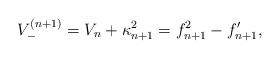
LaTeX: \begin{align*}V^{(n+1)}_{-}=V_{n}+\kappa_{n+1}^2=f_{n+1}^2-f_{n+1}^{\prime},\end{align*}